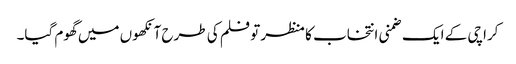
کراچی کے ایک ضمنی انتخاب کا منظر تو فلم کی طرح آنکھوں میں گھوم گیا۔